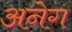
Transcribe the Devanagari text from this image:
अनेग